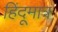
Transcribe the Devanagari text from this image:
हिंदूमात्र